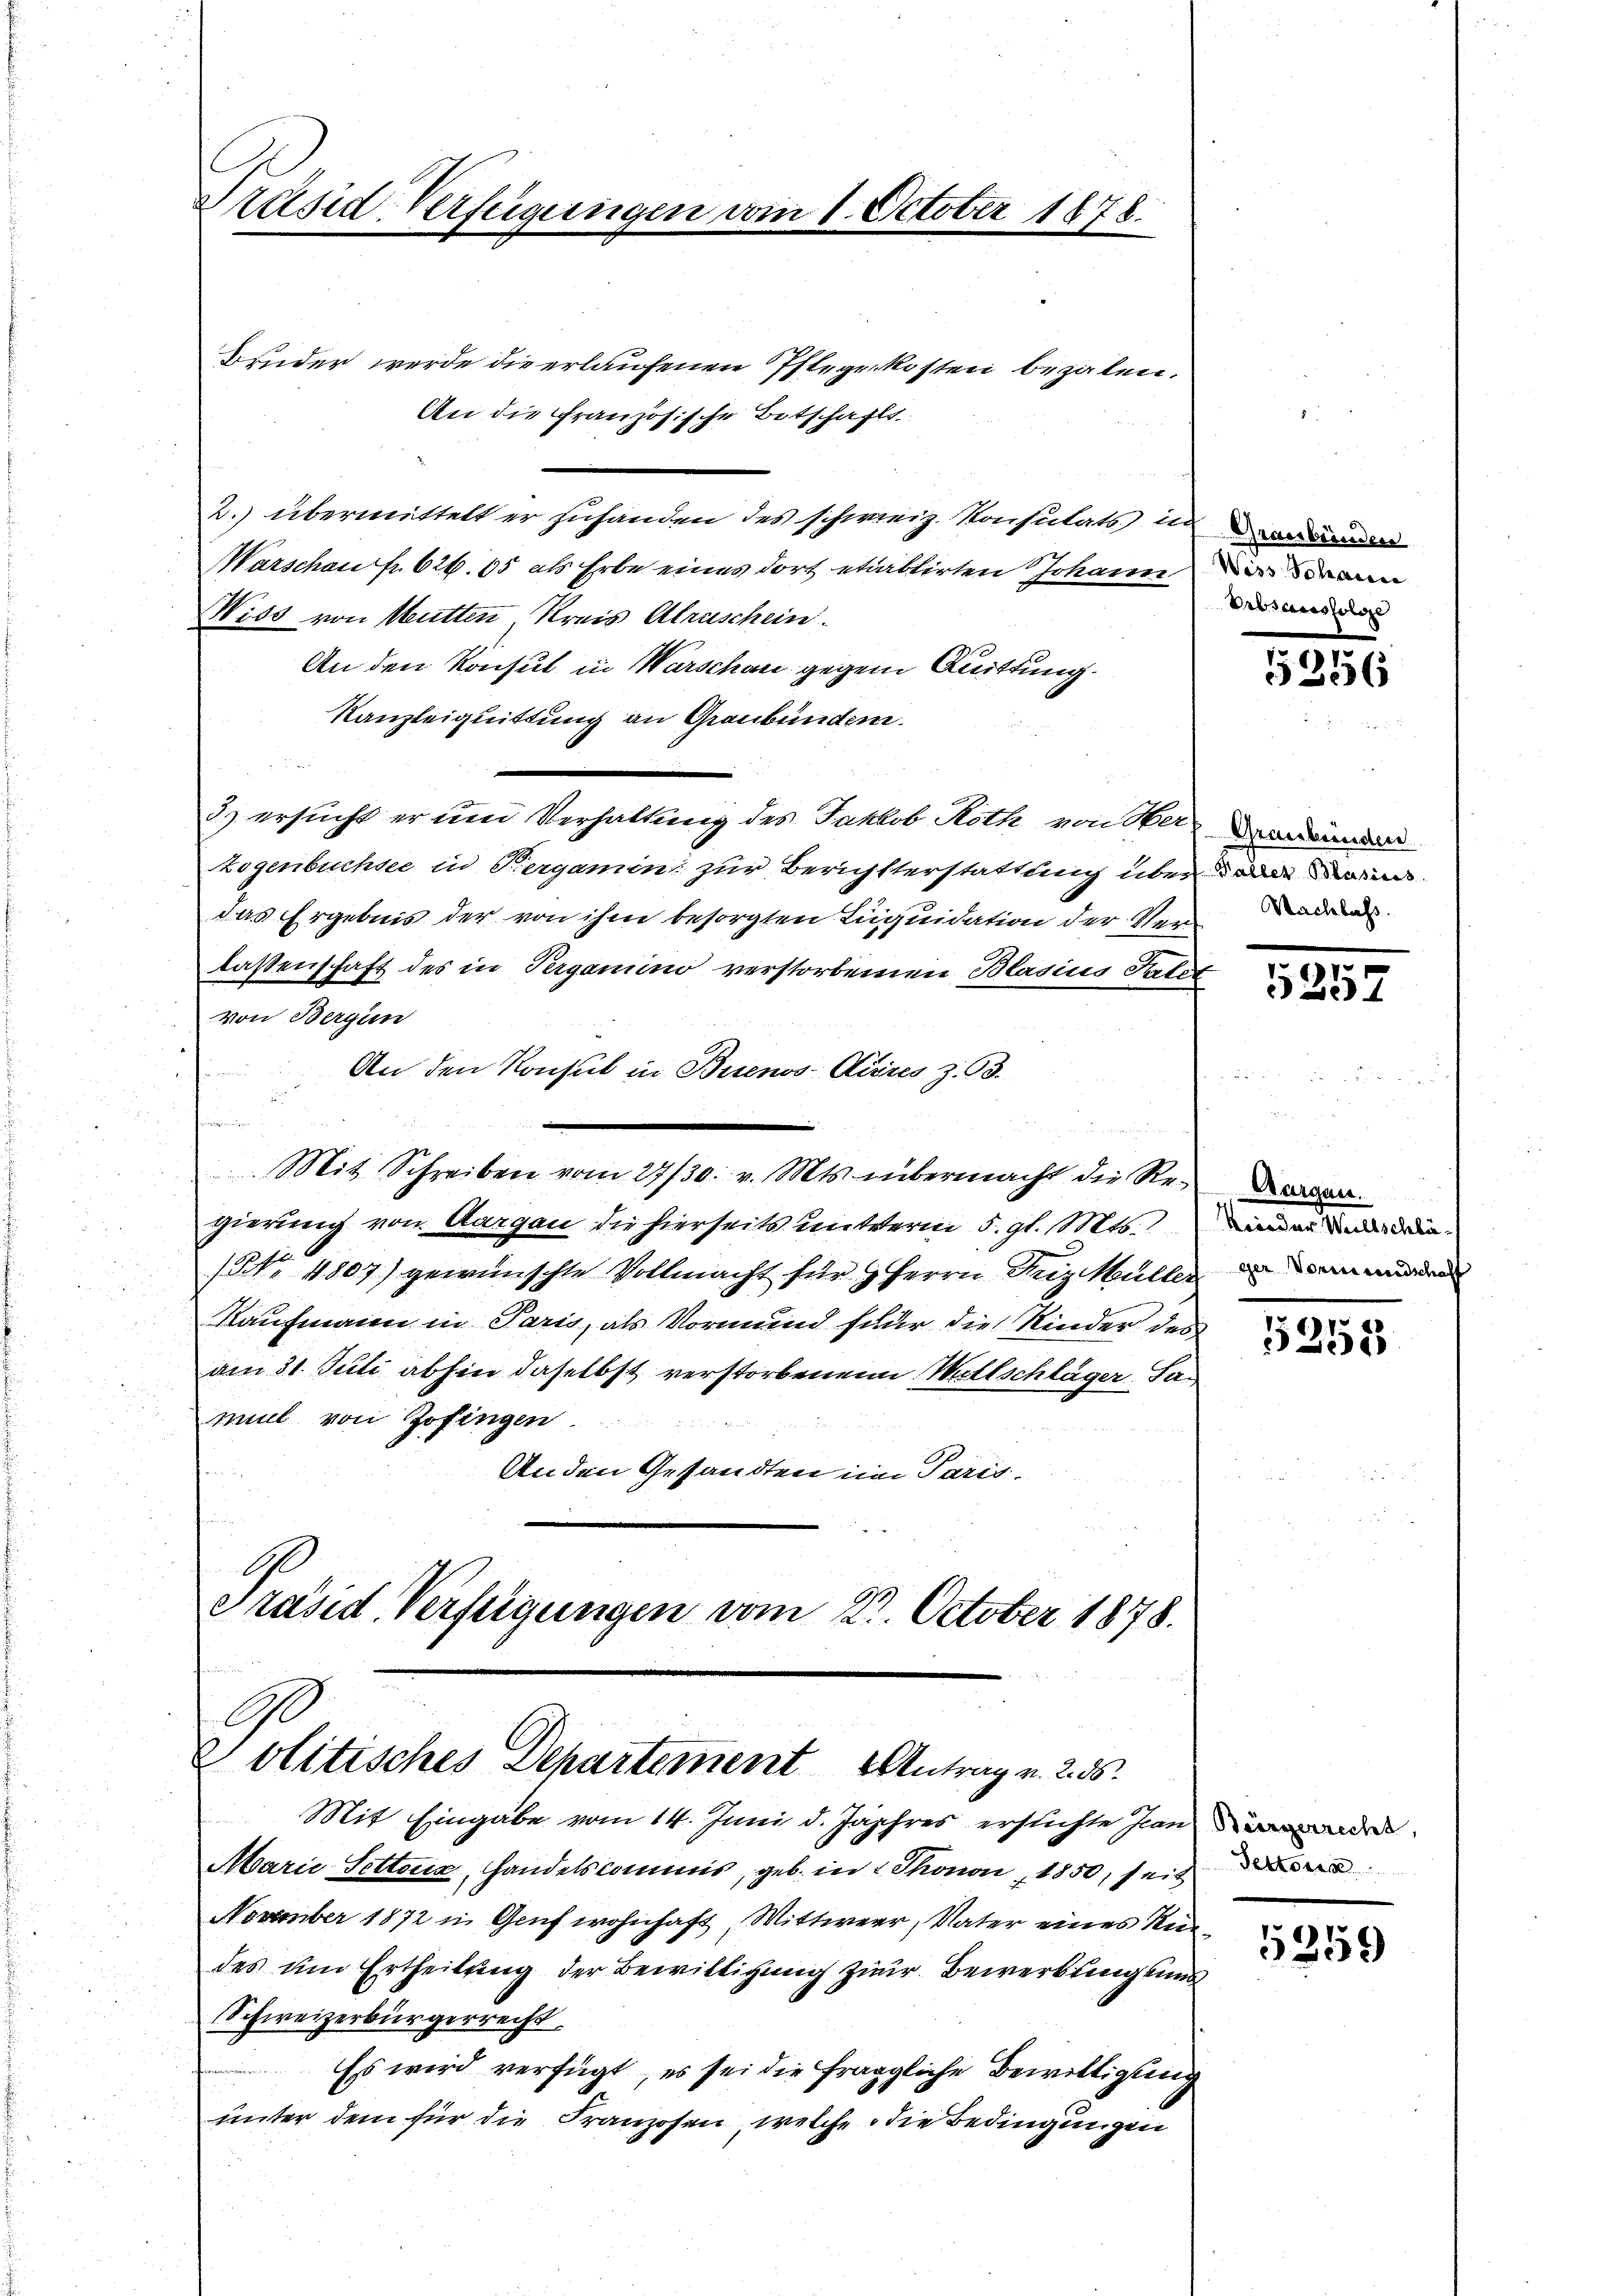
Präsid. Verfügungen vom 1. October 1878.

Bruder werde die erlaufenen Pflegekosten bezalen.
An die Französische Bitschafts-
2.) übermittelt er zuhänden des schweiz. Konsulats in Deinen
Warschen fr. 626. 65 als Erbe eines dort etwastirten Johann in dann
Wiss von Mutten, Kreis Aleuschein.
An den Konsul in Warschau gegen Quittung.
Kanzleiquittung an Graubünden.
3) ersucht er und Verhaltung des Jakob Roth von Seren
Logenbuchsee in Vergamin zur Berichtterstattung über da der
das Ergebnis der von ihm besorgten Liquidation der Verlaßenschaft des in Pergamino verstorbenen Blasius Patit
von Bergin
An den Konsul in Buenos-Ayres z. 63.
n
n
Mit Schreiben vom 27/30. v. Mts. übermacht die Regierung von Aargau die hierseits mitterm 5. gl. Mts. inder und die
No. 4807) gewünschte Vollmacht für 9 Herrn Dez Müller
Kaufmann in Paris, als Vormund für die Kinder des
am 31. Juli abhin daselbst verstorbenen Willschläger Samuel von Zofingen
Anden Gesandten im Paris.

Politisches Departement Antrag u. 2. 55.

Präsid. Verfeigungen vom 27. October 1878.

Mit Eingabe vom 14. Juni d. Jahres erstichte hander
Marie Setteur, Handelskommis, geb. in 2 Thonon 1850, seiner
November 1872 in Genf wohnhaft, Wittwerr, Vater eines Redes um Ertheilung der Bewilligung zur Bewerblingens
Schweizerbürgerrecht.
Es wird verfügt, es sei die fragliche Bewilligung
unter dem für die Franzosen, welche die Bedingungen

Erbsausfolge

153556

Nachlass.

5257

Margen.

5258

5359